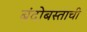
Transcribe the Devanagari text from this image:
बंदोबस्ताची